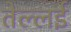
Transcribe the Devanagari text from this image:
तेल्लई